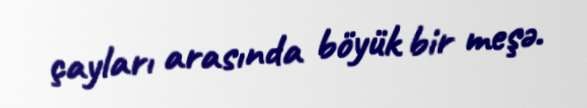
çayları arasında böyük bir meşə.